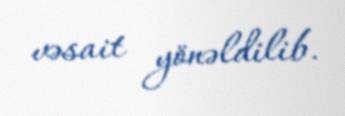
vəsait yönəldilib.